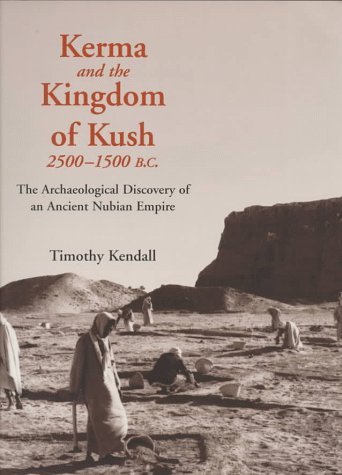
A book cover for Kerma and the Kingdom of Kush, 2500-1500 B.C.: The Archaeological Discovery of an Ancient Nubian Empire; Timothy Kendall; History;